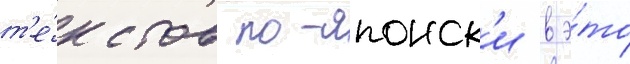
т'е́кстов по-японск'и в э́то